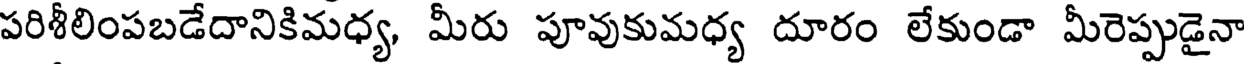
పరిశీలింపబడేదానికిమధ్య, మీరు పూవుకుమధ్య దూరం లేకుండా మీరెప్పుడైనా